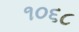
૧૦૬૮